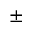
\pm